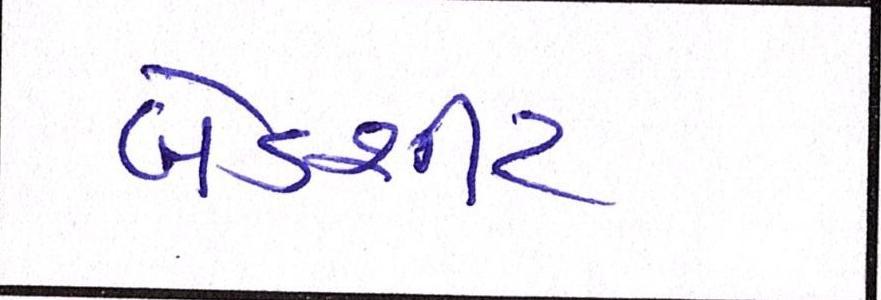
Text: બેડશીટ